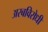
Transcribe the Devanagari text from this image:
अरबविरोधी